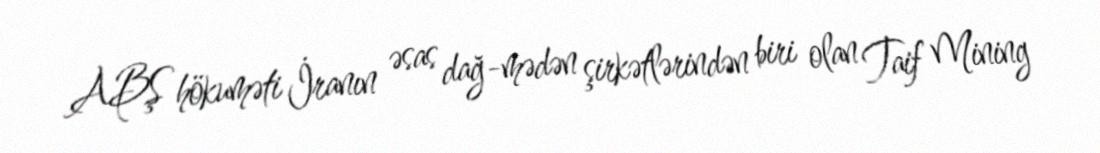
ABŞ hökuməti İranın əsas dağ-mədən şirkətlərindən biri olan Taif Mining